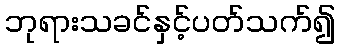
ဘုရားသခင်နှင့်ပတ်သက်၍